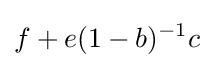
f+e(1-b)^{-1}c